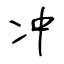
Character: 冲